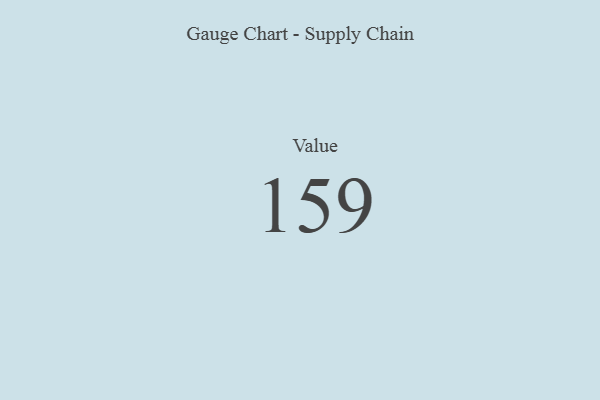
{"axis": {"x": "Metric", "y": "Value"}, "legend": [""], "data": [{"x": "Value", "y": 159, "type": ""}]}